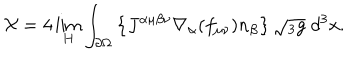
{ \cal X } = 4 \lim _ { H } \int _ { \partial \Omega } \left\{ J ^ { \alpha \mu \beta \nu } \nabla _ { \alpha } ( f _ { \mu \nu } ) n _ { \beta } \right\} \sqrt { { } _ { 3 } g } \; d ^ { 3 } x .